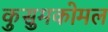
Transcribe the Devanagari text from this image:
कुसुमकोमल